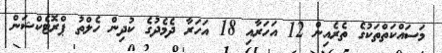
މަސައްކަތްތަކުގެ ތެރެއިން 12 އަހަރާއި 18 އަަހަރާ ދެމެދުގެ ކުދިން ހެލްތު ޕްރޮޓެކްޝަން